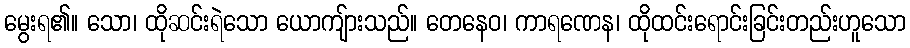
မွေးရ၏။ သော၊ ထိုဆင်းရဲသော ယောကျ်ားသည်။ တေနေဝ၊ ကာရဏေန၊ ထိုထင်းရောင်းခြင်းတည်းဟူသော